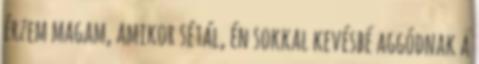
érzem magam, amikor sétál, én sokkal kevésbé aggódnak a